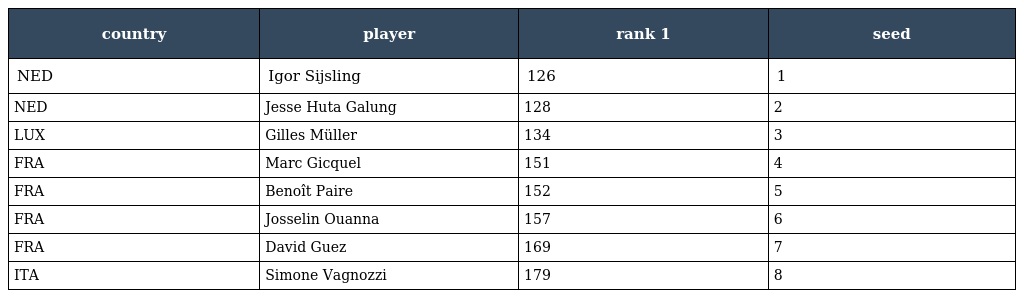
| country | player | rank 1 | seed |
 | --- | --- | --- | --- |
 | NED | Igor Sijsling | 126 | 1 |
 | NED | Jesse Huta Galung | 128 | 2 |
 | LUX | Gilles Müller | 134 | 3 |
 | FRA | Marc Gicquel | 151 | 4 |
 | FRA | Benoît Paire | 152 | 5 |
 | FRA | Josselin Ouanna | 157 | 6 |
 | FRA | David Guez | 169 | 7 |
 | ITA | Simone Vagnozzi | 179 | 8 |